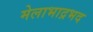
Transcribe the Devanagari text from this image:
मेलाभाद्रभद